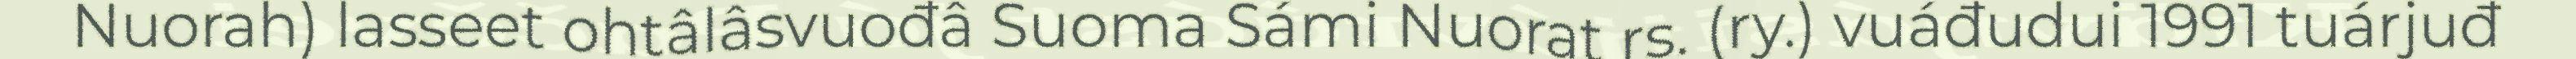
Nuorah) lasseet ohtâlâsvuođâ Suoma Sámi Nuorat rs. (ry.) vuáđudui 1991 tuárjuđ